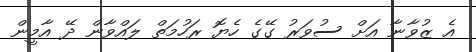
އެ ޒުވާނާ އަށް ސުވަރު ގޭގެ ހެޔޮ ރަހުމަތް ލައްވާން ދޭ އާމީން